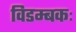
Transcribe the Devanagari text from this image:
विडम्बकः